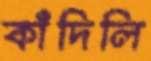
কাঁদিলি